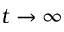
t \rightarrow \infty